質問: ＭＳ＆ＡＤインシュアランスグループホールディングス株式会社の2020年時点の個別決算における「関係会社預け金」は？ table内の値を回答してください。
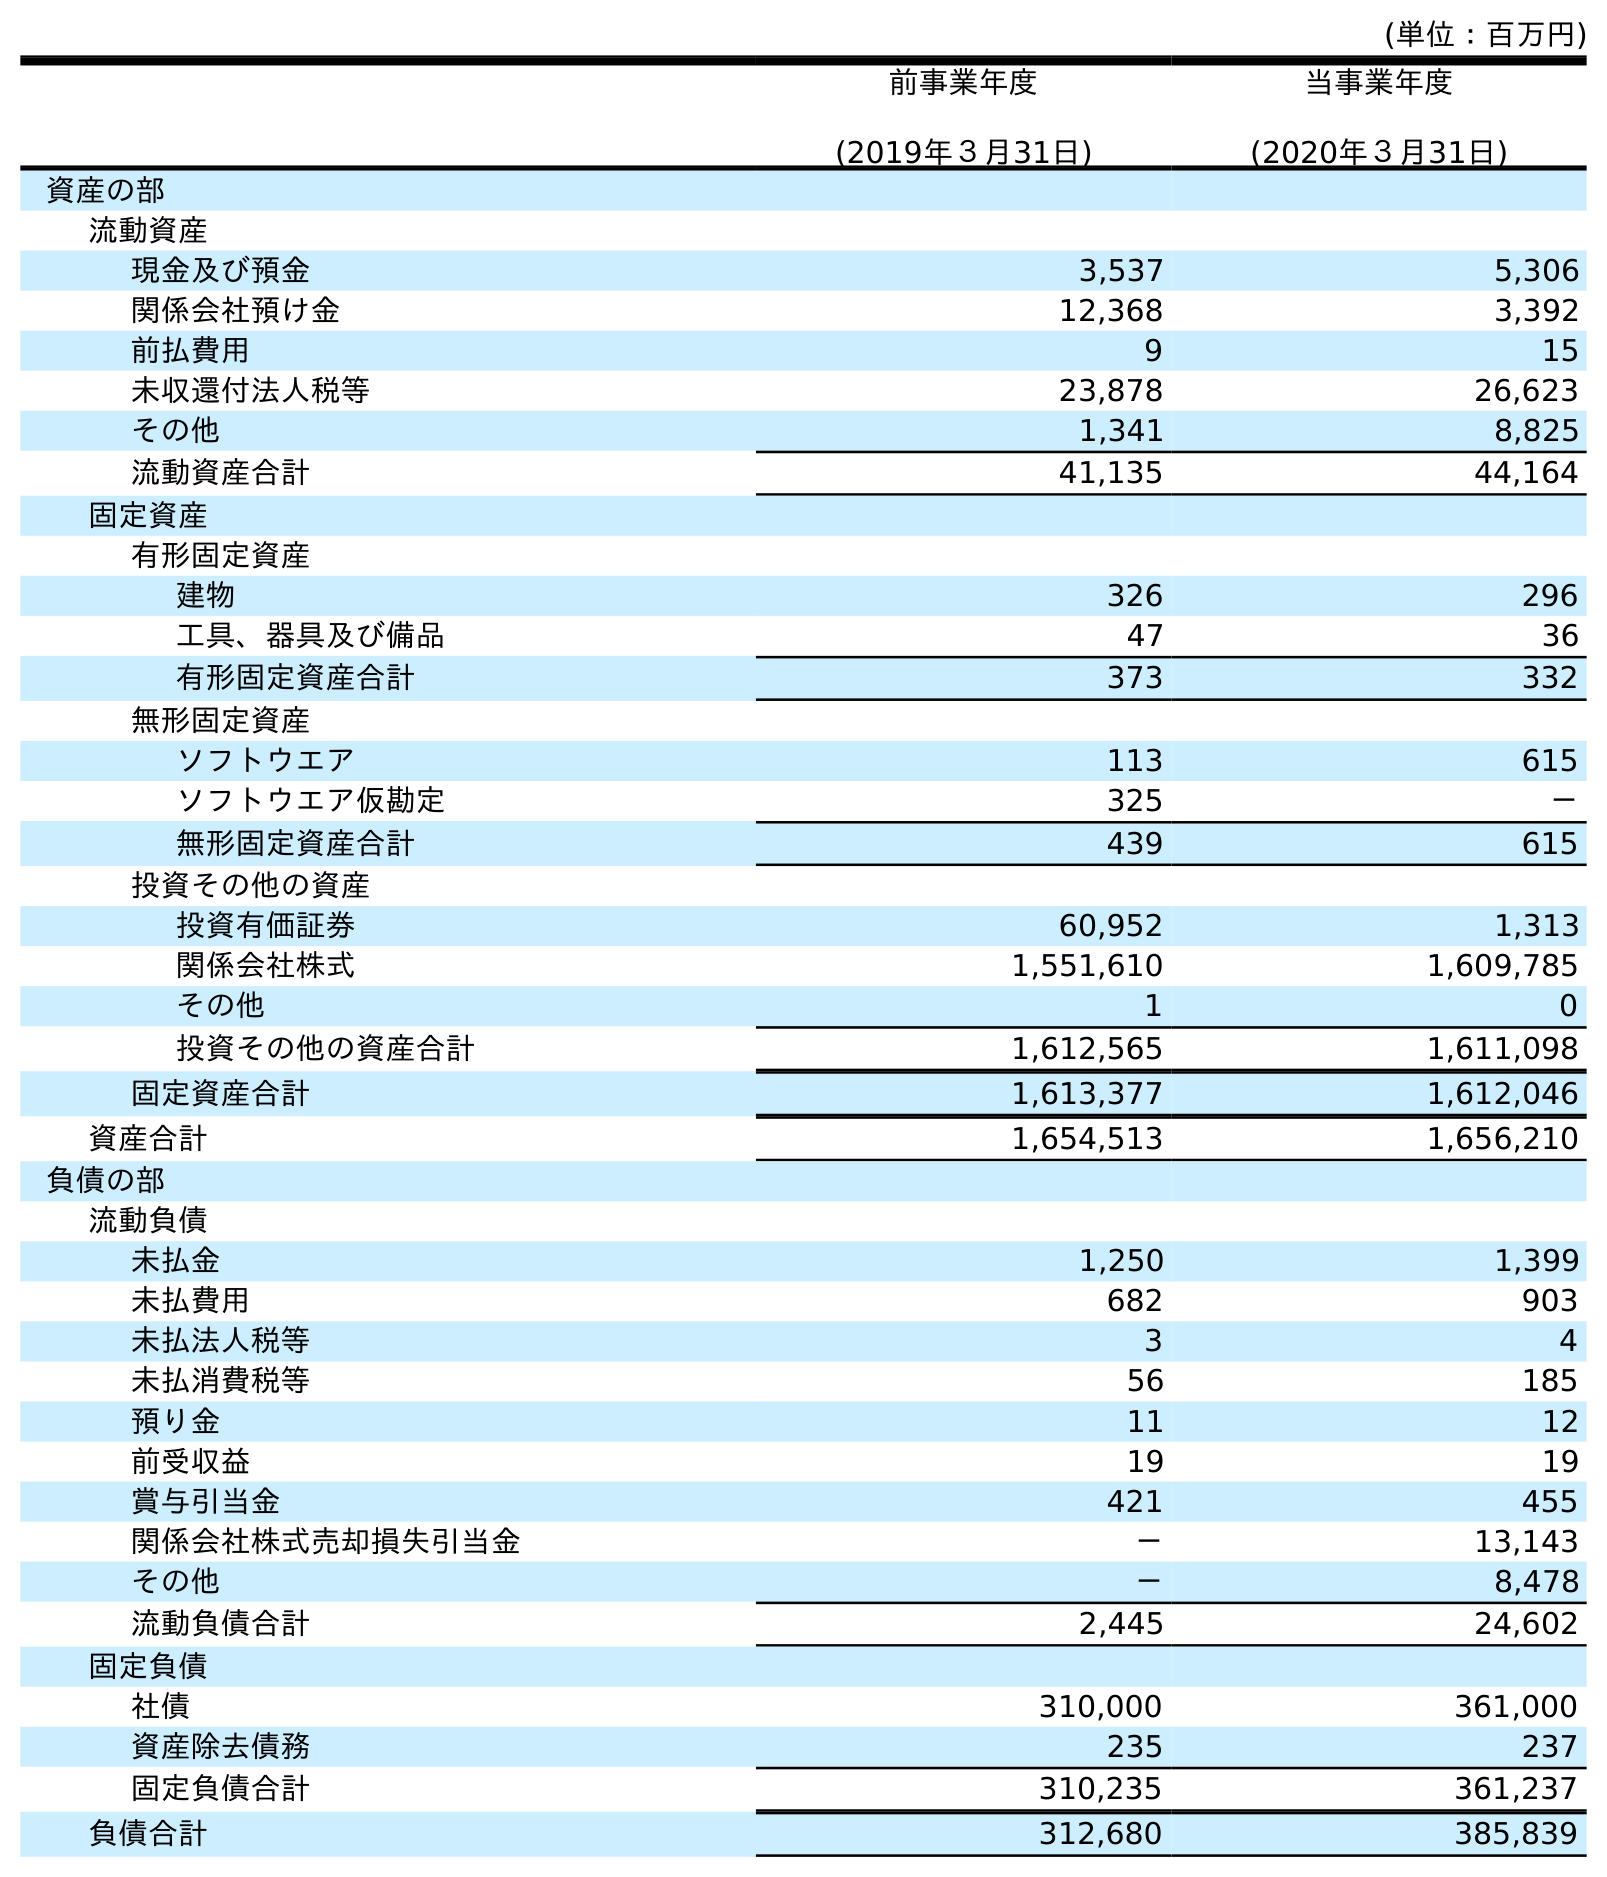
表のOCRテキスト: (単位：百万円) 前事業年度 (2019年３月31日) 当事業年度 (2020年３月31日) 資産の部 流動資産 現金及び預金 3,537 5,306 関係会社預け金 12,368 3,392 前払費用 9 15 未収還付法人税等 23,878 26,623 その他 1,341 8,825 流動資産合計 41,135 44,164 固定資産 有形固定資産 建物 326 296 工具、器具及び備品 47 36 有形固定資産合計 373 332 無形固定資産 ソフトウエア 113 615 ソフトウエア仮勘定 325 － 無形固定資産合計 439 615 投資その他の資産 投資有価証券 60,952 1,313 関係会社株式 1,551,610 1,609,785 その他 1 0 投資その他の資産合計 1,612,565 1,611,098 固定資産合計 1,613,377 1,612,046 資産合計 1,654,513 1,656,210 負債の部 流動負債 未払金 1,250 1,399 未払費用 682 903 未払法人税等 3 4 未払消費税等 56 185 預り金 11 12 前受収益 19 19 賞与引当金 421 455 関係会社株式売却損失引当金 － 13,143 その他 － 8,478 流動負債合計 2,445 24,602 固定負債 社債 310,000 361,000 資産除去債務 235 237 固定負債合計 310,235 361,237 負債合計 312,680 385,839
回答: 3,392